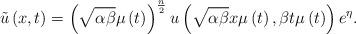
LaTeX: \begin{align*}\tilde{u}\left( x,t\right) =\left( \sqrt{\alpha \beta }\mu \left( t\right)\right) ^{\frac{n}{2}}u\left( \sqrt{\alpha \beta }x\mu \left( t\right),\beta t\mu \left( t\right) \right) e^{\eta }. \end{align*}